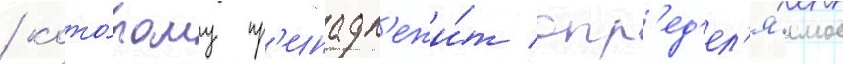
/ кото́рому пр'инадл'ежи́т опр'ед'ел'я́емое